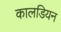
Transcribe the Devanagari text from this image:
कालडियन